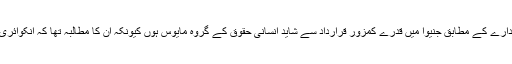
برطانوی نشریاتی ادارے کے مطابق جنیوا میں قدرے کمزور قرارداد سے شاید انسانی حقوق کے گروہ مایوس ہوں کیونکہ ان کا مطالبہ تھا کہ انکوائری کمشین بنایا جائے۔